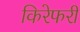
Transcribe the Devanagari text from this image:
किरेफरी